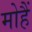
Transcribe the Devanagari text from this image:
मोहैं